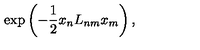
\exp \left( { - \frac { 1 } { 2 } x _ { n } L _ { n m } x _ { m } } \right) ,